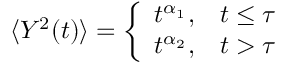
\langle Y ^ { 2 } ( t ) \rangle = \left\{ \begin{array} { l l } { t ^ { \alpha _ { 1 } } , } & { t \leq \tau } \\ { t ^ { \alpha _ { 2 } } , } & { t > \tau } \end{array} \right.